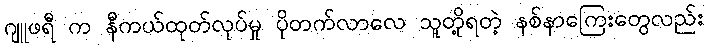
ဂျူဖရီ က နီကယ်ထုတ်လုပ်မှု ပိုတက်လာလေ သူတို့ရတဲ့ နစ်နာကြေးတွေလည်း